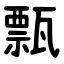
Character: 㼼